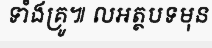
ទាំងគ្រូ៕ លអត្ថបទមុន